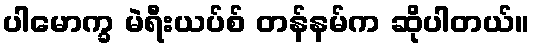
ပါမောက္ခ မဲရီးယပ်စ် တန်နမ်က ဆိုပါတယ်။